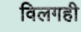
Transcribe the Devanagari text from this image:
विलगही